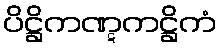
ပိဋ္ဌိကဏ္ဋကဋ္ဌိကံ